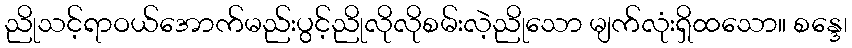
ညိုသင့်ရာဝယ်အောက်မည်းပွင့်ညိုလိုလိုစမ်းလဲ့ညိုသော မျက်လုံးရှိထသော။ စန္ဒေ၊